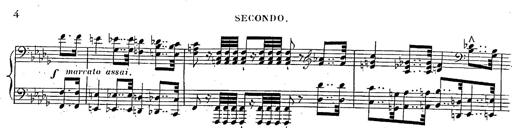
Title: Marche et Cavatine de Lucie de Lammermoor, S.398
Composer: Franz Liszt